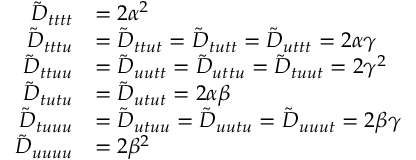
\begin{array} { r l } { \tilde { D } _ { t t t t } } & { = 2 \alpha ^ { 2 } } \\ { \tilde { D } _ { t t t u } } & { = \tilde { D } _ { t t u t } = \tilde { D } _ { t u t t } = \tilde { D } _ { u t t t } = 2 \alpha \gamma } \\ { \tilde { D } _ { t t u u } } & { = \tilde { D } _ { u u t t } = \tilde { D } _ { u t t u } = \tilde { D } _ { t u u t } = 2 \gamma ^ { 2 } } \\ { \tilde { D } _ { t u t u } } & { = \tilde { D } _ { u t u t } = 2 \alpha \beta } \\ { \tilde { D } _ { t u u u } } & { = \tilde { D } _ { u t u u } = \tilde { D } _ { u u t u } = \tilde { D } _ { u u u t } = 2 \beta \gamma } \\ { \tilde { D } _ { u u u u } } & { = 2 \beta ^ { 2 } } \end{array}